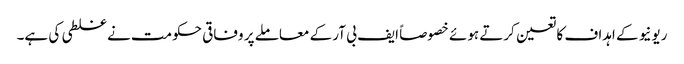
ریونیو کے اہداف کا تعین کرتے ہوئے خصوصاً ایف بی آر کے معاملے پر وفاقی حکومت نے غلطی کی ہے۔